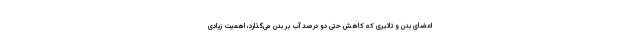
اعضای بدن و تاثیری که کاهش حتی دو درصد آب بر بدن می‌گذارد، اهمیت زیادی